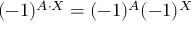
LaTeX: ( - 1 ) ^ { A \cdot X } = ( - 1 ) ^ { A } ( - 1 ) ^ { X }